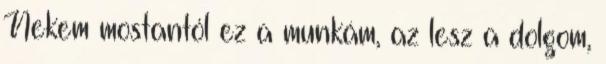
Nekem mostantól ez a munkám, az lesz a dolgom,